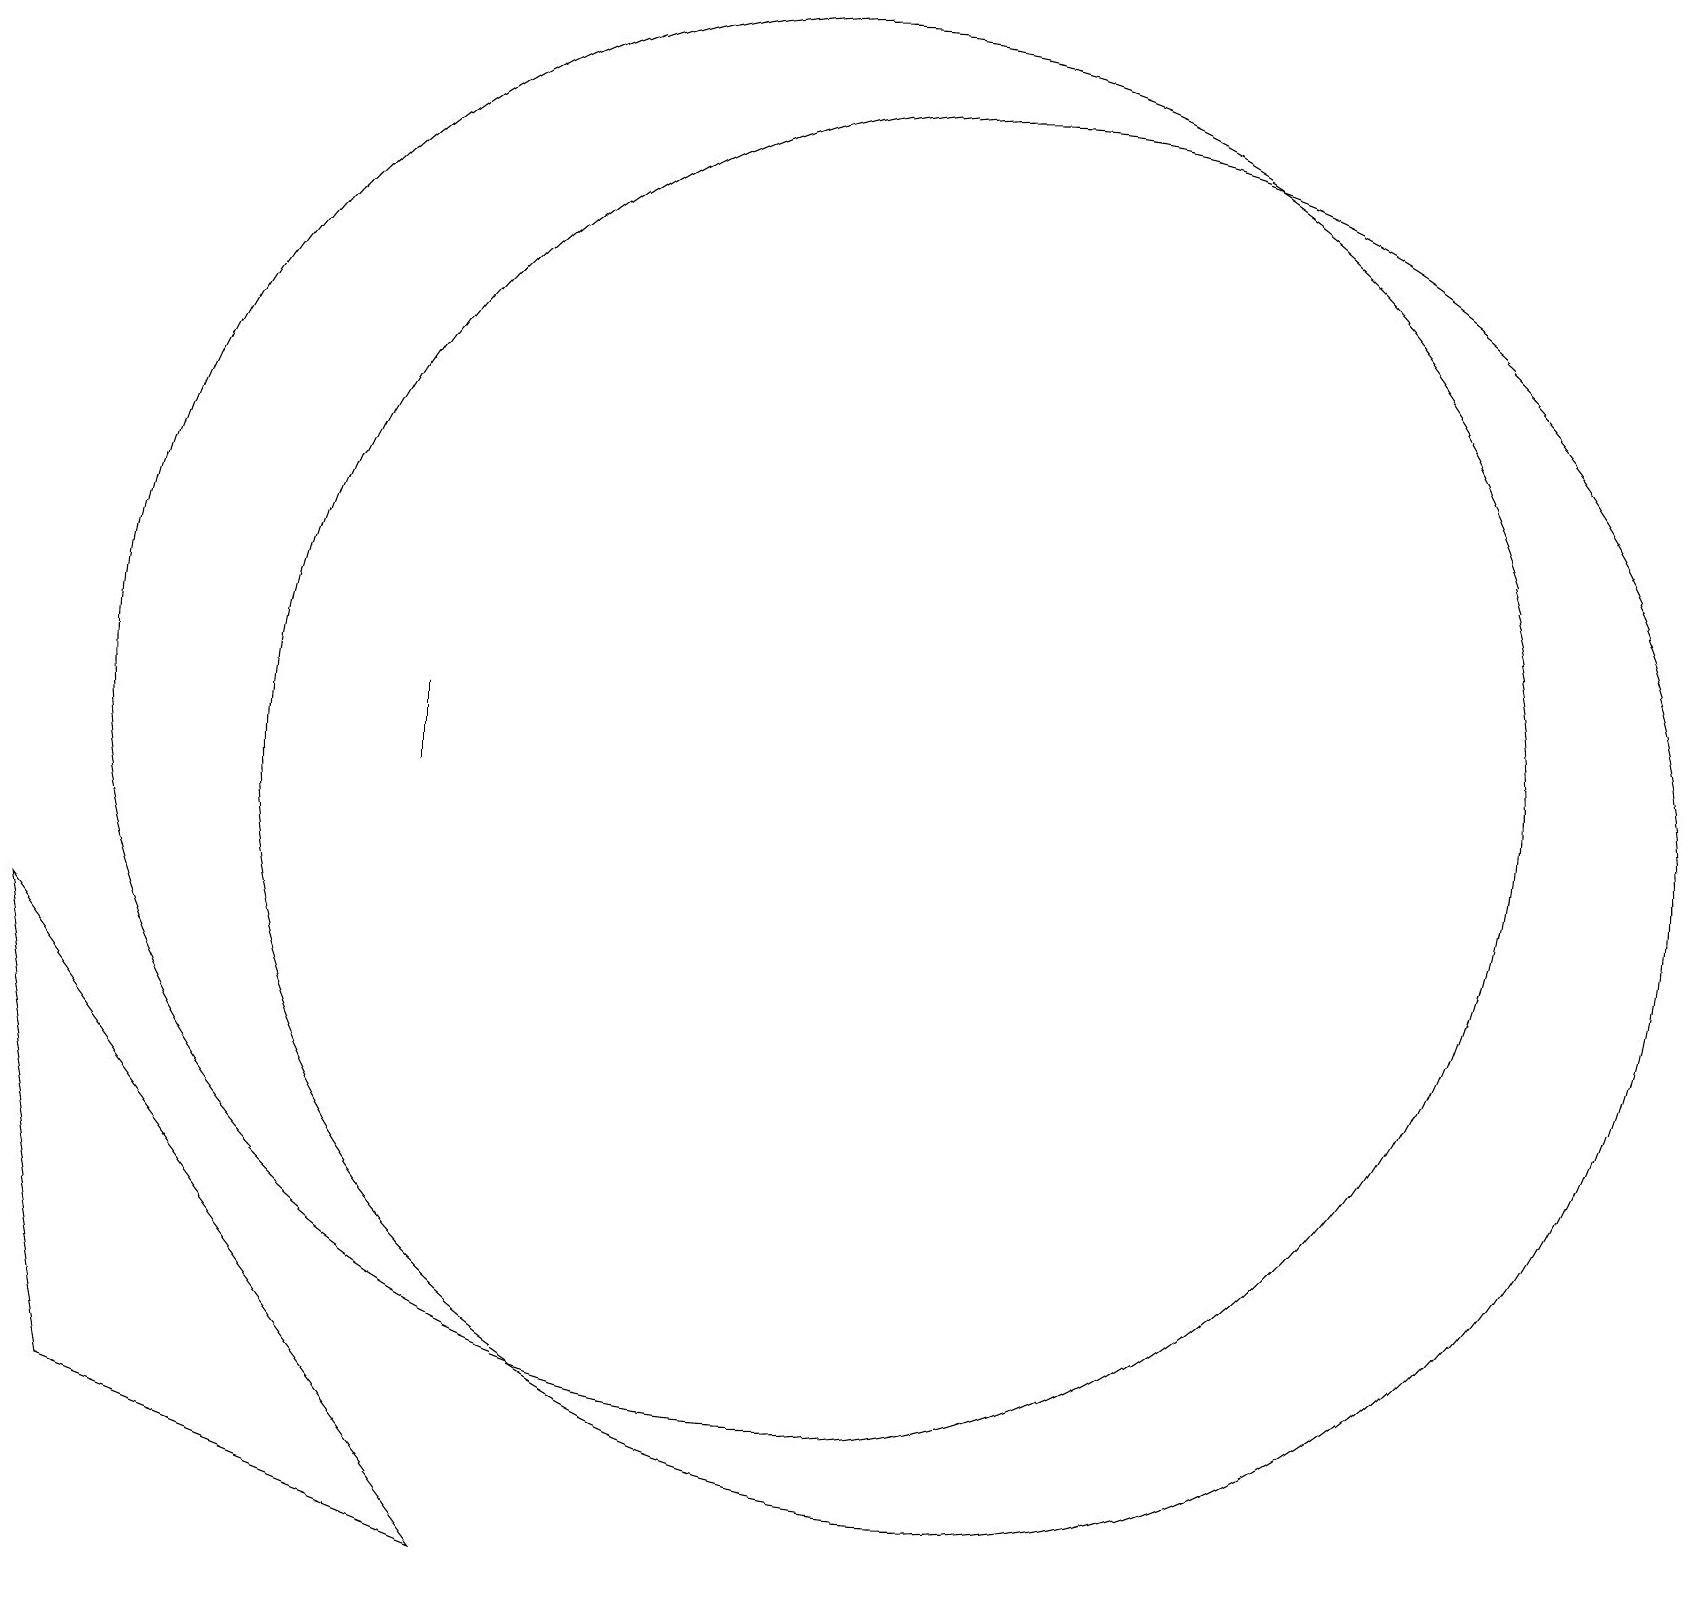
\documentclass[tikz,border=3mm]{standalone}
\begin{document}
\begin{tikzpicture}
\draw (12,10) circle (9);
\draw (5,11) rectangle (5,10);
\draw (10,11) circle (9);
\draw (1,2) -- (0,8) -- (6,0) -- cycle;
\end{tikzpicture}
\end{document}